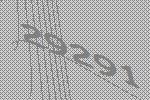
29291